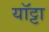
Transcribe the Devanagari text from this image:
यॉट्टा